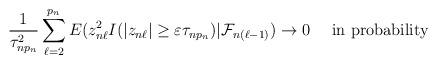
LaTeX: \begin{align*}\frac{1}{\tau_{np_n}^2}\sum^{p_n}_{\ell=2}E(z_{n\ell}^2I(|z_{n\ell}|\ge \varepsilon \tau_{np_n})|\mathcal{F}_{n(\ell-1)})\to 0~~~\mbox{ in probability }\end{align*}